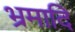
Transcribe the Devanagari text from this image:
भ्रमादि